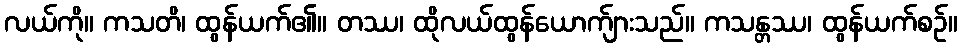
လယ်ကို။ ကသတိ၊ ထွန်ယက်၏။ တဿ၊ ထိုလယ်ထွန်ယောက်ျားသည်။ ကသန္တဿ၊ ထွန်ယက်စဉ်။